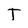
Character: T